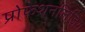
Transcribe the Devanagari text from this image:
प्रोफेशनलिज़िंग